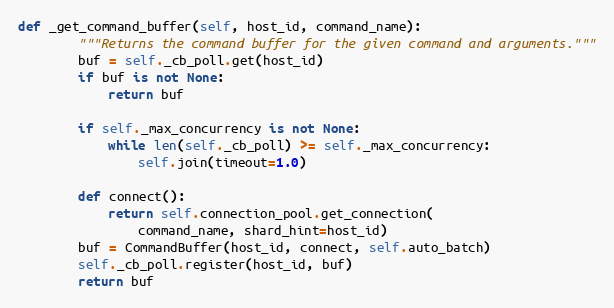
Language: Python
def _get_command_buffer(self, host_id, command_name):
        """Returns the command buffer for the given command and arguments."""
        buf = self._cb_poll.get(host_id)
        if buf is not None:
            return buf

        if self._max_concurrency is not None:
            while len(self._cb_poll) >= self._max_concurrency:
                self.join(timeout=1.0)

        def connect():
            return self.connection_pool.get_connection(
                command_name, shard_hint=host_id)
        buf = CommandBuffer(host_id, connect, self.auto_batch)
        self._cb_poll.register(host_id, buf)
        return buf